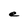
Character: e